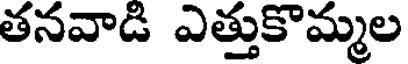
తనవాడి ఎత్తుకొమ్మల